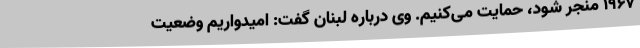
1967 منجر شود، حمایت می‌کنیم. وی درباره لبنان گفت: امیدواریم وضعیت